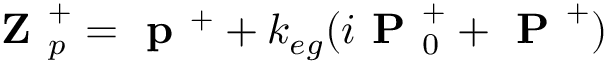
\textbf { Z } _ { p } ^ { + } = \textbf { p } ^ { + } + k _ { e g } ( i \textbf { P } _ { 0 } ^ { + } + \textbf { P } ^ { + } )